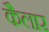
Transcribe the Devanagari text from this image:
कैलार